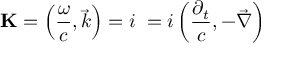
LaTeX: \mathbf { K } = \left( { \frac { \omega } { c } } , { \vec { k } } \right) = i \mathbf { \partial } = i \left( { \frac { \partial _ { t } } { c } } , - { \vec { \nabla } } \right)